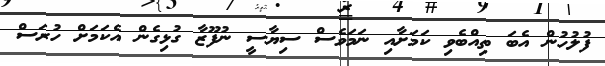
ފުލުހުން އެބަ ތިއްބެވި ކަމަށާއި ނަަމަވެސް ސިޔާސީ ނުފޫޒާ ގުޅިގެން އެކަމަށް ހުރަސް